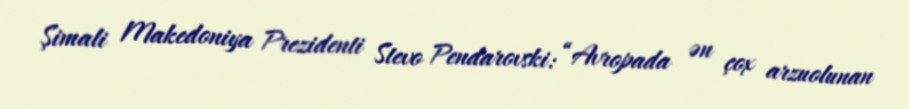
Şimali Makedoniya Prezidenti Stevo Pendarovski: “Avropada ən çox arzuolunan